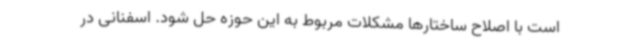
است با اصلاح ساختارها مشکلات مربوط به این حوزه حل شود. اسفنانی در